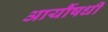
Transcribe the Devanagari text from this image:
आर्यौषधी